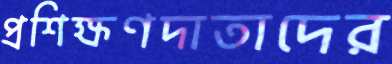
প্রশিক্ষণদাতাদের